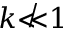
k \not \ll 1